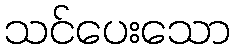
သင်ပေးသော